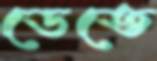
ডেতে